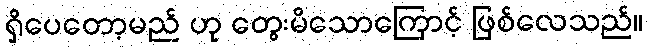
ရှိပေတော့မည် ဟု တွေးမိသောကြောင့် ဖြစ်လေသည်။